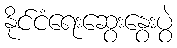
နိုင်ငံရေးဆွေးနွေးပွဲ